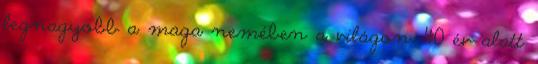
legnagyobb a maga nemében a világon. 40 év alatt